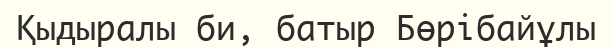
Қыдыралы би, батыр Бөрібайұлы